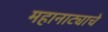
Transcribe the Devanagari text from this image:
महानाट्याचे